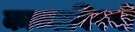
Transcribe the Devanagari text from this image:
काव्याविषयी